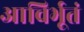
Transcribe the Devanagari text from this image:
आविर्भूतं